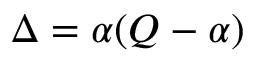
\Delta = \alpha ( Q - \alpha )